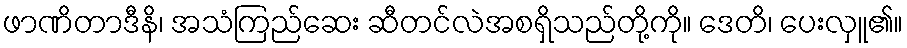
ဖာဏိတာဒီနိ၊ အသံကြည်ဆေး ဆီတင်လဲအစရှိသည်တို့ကို။ ဒေတိ၊ ပေးလှူ၏။